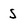
Character: S